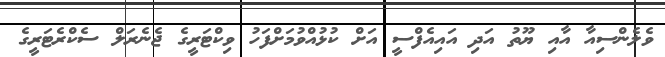
ވެލެންސިއާ އާއި ޔޫތު އަދި އައިއެފްސީ އަށް ކުޅުއްވުމަށްފަހު ވިކްޓަރީގެ ޖެނެރަލް ސެކްރެޓަރީގެ